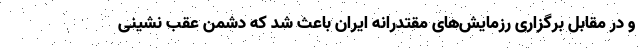
و در مقابل برگزاری رزمایش‌های مقتدرانه ایران باعث شد که دشمن عقب نشینی